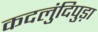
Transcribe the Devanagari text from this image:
कदलुंदिपुड़ा